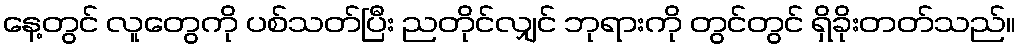
နေ့တွင် လူတွေကို ပစ်သတ်ပြီး ညတိုင်လျှင် ဘုရားကို တွင်တွင် ရှိခိုးတတ်သည်။